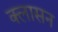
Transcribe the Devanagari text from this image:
क्लासन